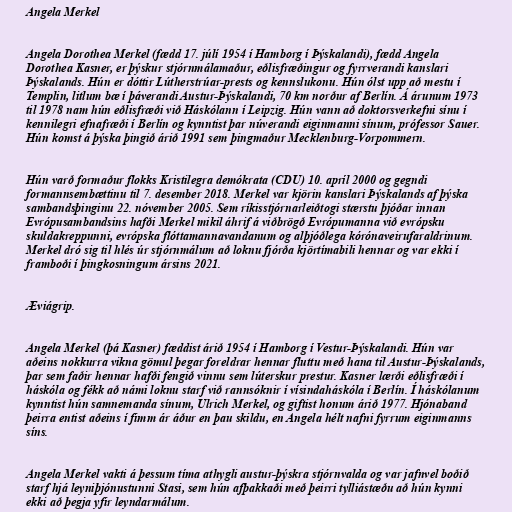
Angela Merkel

Angela Dorothea Merkel (fædd 17. júlí 1954 í Hamborg í Þýskalandi), fædd Angela
Dorothea Kasner, er þýskur stjórnmálamaður, eðlisfræðingur og fyrrverandi kanslari
Þýskalands. Hún er dóttir Lútherstrúar-prests og kennslukonu. Hún ólst upp að mestu í
Templin, litlum bæ í þáverandi Austur-Þýskalandi, 70 km norður af Berlín. Á árunum 1973
til 1978 nam hún eðlisfræði við Háskólann í Leipzig. Hún vann að doktorsverkefni sínu í
kennilegri efnafræði í Berlín og kynntist þar núverandi eiginmanni sínum, prófessor Sauer.
Hún komst á þýska þingið árið 1991 sem þingmaður Mecklenburg-Vorpommern.

Hún varð formaður flokks Kristilegra demókrata (CDU) 10. apríl 2000 og gegndi
formannsembættinu til 7. desember 2018. Merkel var kjörin kanslari Þýskalands af þýska
sambandsþinginu 22. nóvember 2005. Sem ríkisstjórnarleiðtogi stærstu þjóðar innan
Evrópusambandsins hafði Merkel mikil áhrif á viðbrögð Evrópumanna við evrópsku
skuldakreppunni, evrópska flóttamannavandanum og alþjóðlega kórónaveirufaraldrinum.
Merkel dró sig til hlés úr stjórnmálum að loknu fjórða kjörtímabili hennar og var ekki í
framboði í þingkosningum ársins 2021.

Æviágrip.

Angela Merkel (þá Kasner) fæddist árið 1954 í Hamborg í Vestur-Þýskalandi. Hún var
aðeins nokkurra vikna gömul þegar foreldrar hennar fluttu með hana til Austur-Þýskalands,
þar sem faðir hennar hafði fengið vinnu sem lúterskur prestur. Kasner lærði eðlisfræði í
háskóla og fékk að námi loknu starf við rannsóknir í vísindaháskóla í Berlín. Í háskólanum
kynntist hún samnemanda sínum, Ulrich Merkel, og giftist honum árið 1977. Hjónaband
þeirra entist aðeins í fimm ár áður en þau skildu, en Angela hélt nafni fyrrum eiginmanns
síns.

Angela Merkel vakti á þessum tíma athygli austur-þýskra stjórnvalda og var jafnvel boðið
starf hjá leyniþjónustunni Stasi, sem hún afþakkaði með þeirri tylliástæðu að hún kynni
ekki að þegja yfir leyndarmálum.